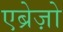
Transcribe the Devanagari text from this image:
एब्रेज़ो